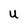
Character: U